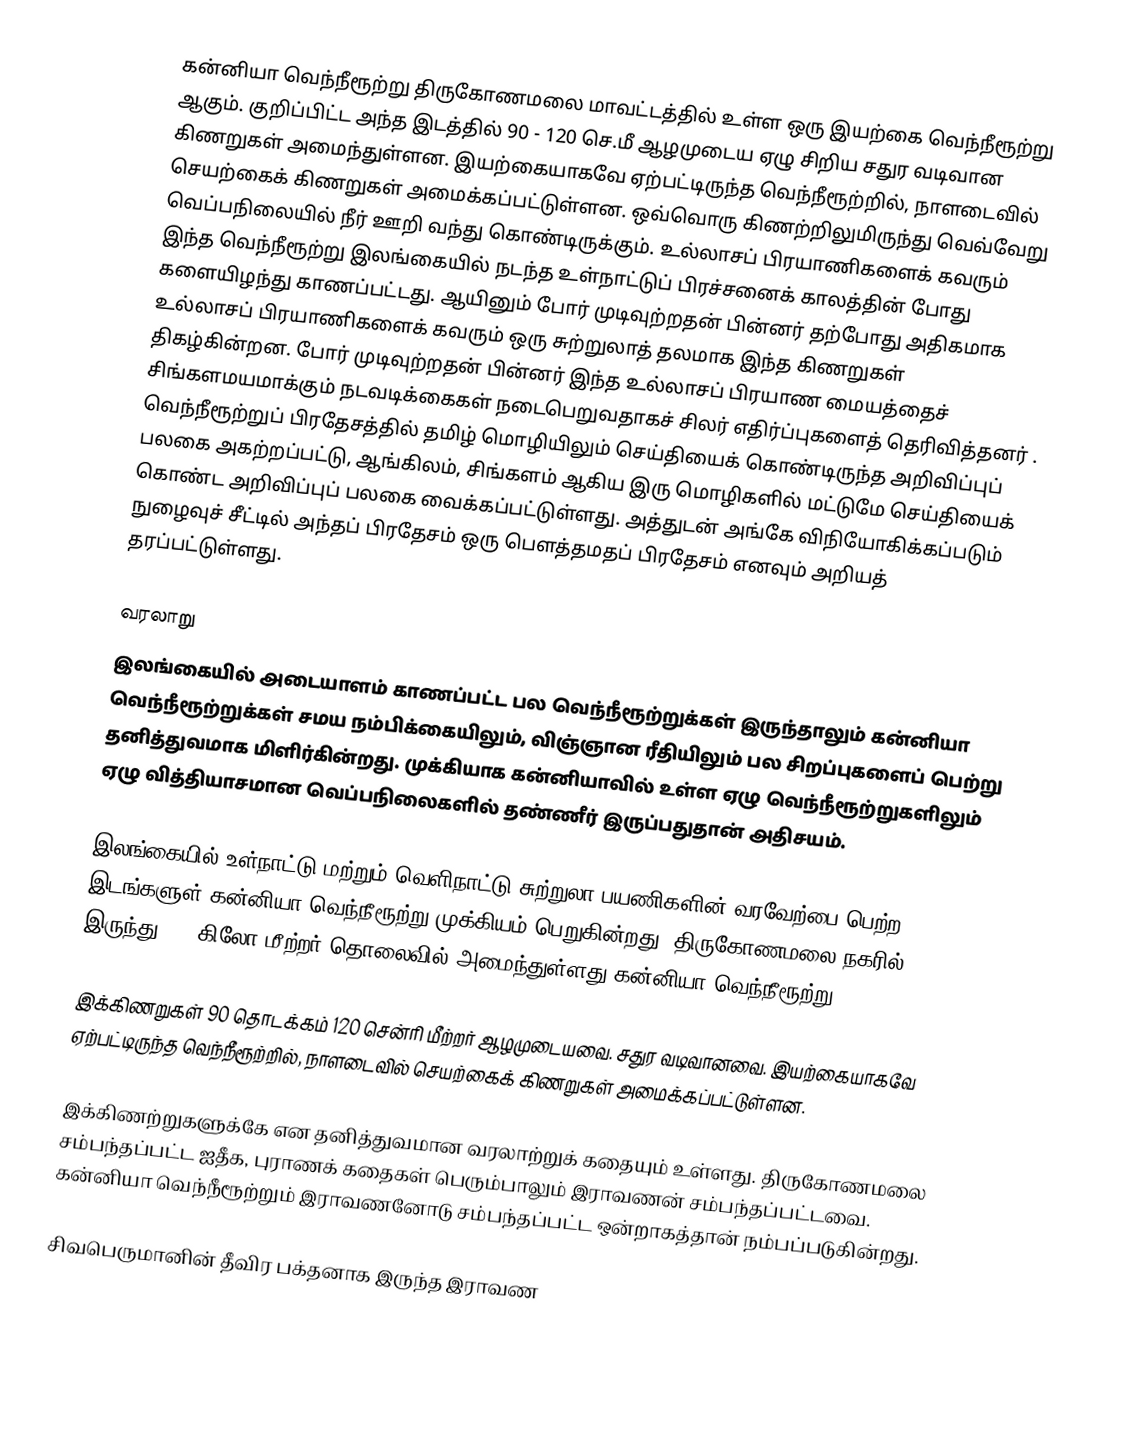
கன்னியா வெந்நீரூற்று திருகோணமலை மாவட்டத்தில் உள்ள ஒரு இயற்கை வெந்நீரூற்று ஆகும். குறிப்பிட்ட அந்த இடத்தில் 90 - 120 செ.மீ ஆழமுடைய ஏழு சிறிய சதுர வடிவான கிணறுகள் அமைந்துள்ளன. இயற்கையாகவே ஏற்பட்டிருந்த வெந்நீரூற்றில், நாளடைவில் செயற்கைக் கிணறுகள் அமைக்கப்பட்டுள்ளன. ஒவ்வொரு கிணற்றிலுமிருந்து வெவ்வேறு வெப்பநிலையில் நீர் ஊறி வந்து கொண்டிருக்கும். உல்லாசப் பிரயாணிகளைக் கவரும் இந்த வெந்நீரூற்று  இலங்கையில் நடந்த உள்நாட்டுப் பிரச்சனைக் காலத்தின் போது களையிழந்து காணப்பட்டது. ஆயினும் போர் முடிவுற்றதன்  பின்னர் தற்போது அதிகமாக உல்லாசப் பிரயாணிகளைக் கவரும் ஒரு சுற்றுலாத் தலமாக இந்த கிணறுகள் திகழ்கின்றன. போர் முடிவுற்றதன் பின்னர் இந்த உல்லாசப் பிரயாண மையத்தைச் சிங்களமயமாக்கும் நடவடிக்கைகள் நடைபெறுவதாகச் சிலர் எதிர்ப்புகளைத் தெரிவித்தனர் . வெந்நீரூற்றுப் பிரதேசத்தில் தமிழ் மொழியிலும் செய்தியைக் கொண்டிருந்த அறிவிப்புப் பலகை அகற்றப்பட்டு, ஆங்கிலம், சிங்களம் ஆகிய இரு மொழிகளில் மட்டுமே செய்தியைக் கொண்ட அறிவிப்புப் பலகை வைக்கப்பட்டுள்ளது. அத்துடன் அங்கே விநியோகிக்கப்படும் நுழைவுச் சீட்டில் அந்தப் பிரதேசம் ஒரு பெளத்தமதப் பிரதேசம் எனவும் அறியத் தரப்பட்டுள்ளது.

வரலாறு
இலங்கையில் அடையாளம் காணப்பட்ட பல வெந்நீரூற்றுக்கள் இருந்தாலும் கன்னியா வெந்நீரூற்றுக்கள் சமய நம்பிக்கையிலும், விஞ்ஞான ரீதியிலும் பல சிறப்புகளைப் பெற்று தனித்துவமாக மிளிர்கின்றது. முக்கியாக கன்னியாவில் உள்ள ஏழு வெந்நீரூற்றுகளிலும் ஏழு வித்தியாசமான வெப்பநிலைகளில் தண்ணீர் இருப்பதுதான் அதிசயம்.

இலங்கையில் உள்நாட்டு மற்றும் வெளிநாட்டு சுற்றுலா பயணிகளின் வரவேற்பை பெற்ற இடங்களுள் கன்னியா வெந்நீரூற்று முக்கியம் பெறுகின்றது. திருகோணமலை நகரில் இருந்து 3.9 கிலோ மீற்றர் தொலைவில் அமைந்துள்ளது கன்னியா வெந்நீரூற்று.

இக்கிணறுகள் 90 தொடக்கம் 120 சென்ரி மீற்றர் ஆழமுடையவை. சதுர வடிவானவை. இயற்கையாகவே ஏற்பட்டிருந்த வெந்நீரூற்றில், நாளடைவில் செயற்கைக் கிணறுகள் அமைக்கப்பட்டுள்ளன.

இக்கிணற்றுகளுக்கே என தனித்துவமான வரலாற்றுக் கதையும் உள்ளது. திருகோணமலை சம்பந்தப்பட்ட ஐதீக, புராணக் கதைகள் பெரும்பாலும் இராவணன் சம்பந்தப்பட்டவை. கன்னியா வெந்நீரூற்றும் இராவணனோடு சம்பந்தப்பட்ட ஒன்றாகத்தான் நம்பப்படுகின்றது.

சிவபெருமானின் தீவிர பக்தனாக இருந்த இராவண